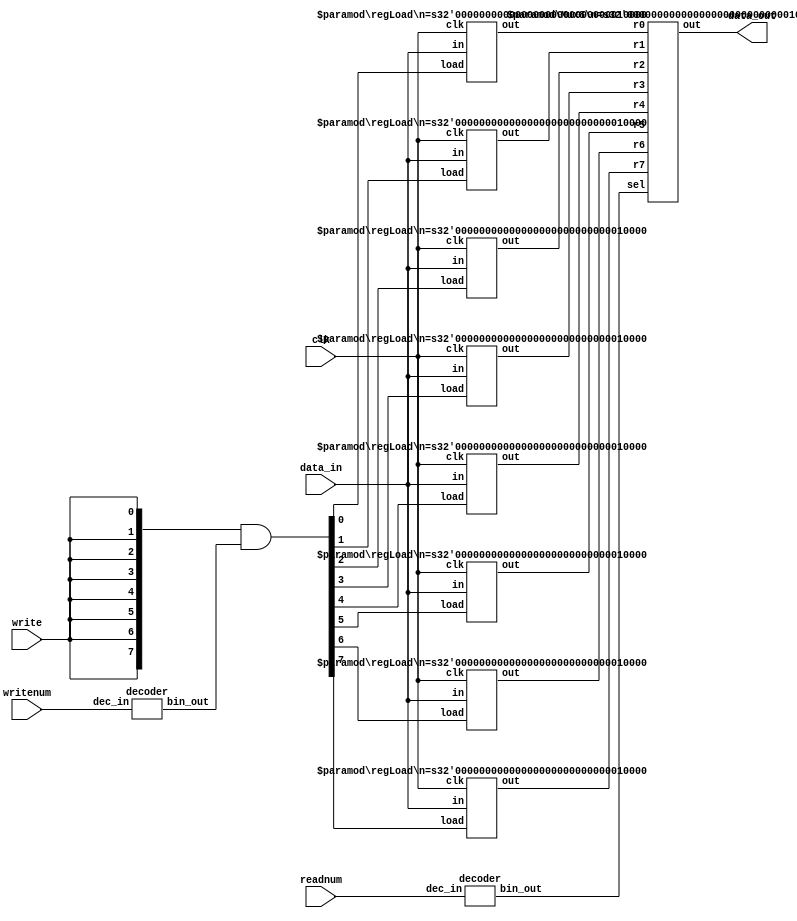
module regfile(data_in,
               writenum,
               write,
               readnum,
               clk,
               data_out);
  input [15:0] data_in;
  input [2:0] writenum, readnum;
  input write, clk;
  output[15:0] data_out;
  // fill out the rest
  
  wire[7:0] writenumDecoded; //the writenum input but as a one-hot eight bit number
  wire[7:0] readnumDecoded; //the readenum input but as a one-hot eight bit number
  wire[7:0] load; //an 8 bit one hot signal for which register to write to
  wire[15:0] R0, R1, R2, R3, R4, R5, R6, R7; // the eight 16 bit register outputs
  
  //load is a one hot siganl for which register to write to
  //as write is a one bit signal we make 8 copies of it to AND with the one hot writenumDecoded
  assign load = {8{write}} & writenumDecoded;
  
  //decoder for the binary writenum into a one-hot writenumDecoded
  decoder WriteDec(writenum, writenumDecoded);

  //8 registers with load enable, each connected to the same clk and data_in signals for writing
  //each has a particular bit of the load signal to enable writing to that register as the 
  //load signal is one hot.
  //the modules are paramatrized to be 16 bit registers
  regLoad #(16) r0(clk, load[0], data_in, R0);
  regLoad #(16) r1(clk, load[1], data_in, R1);
  regLoad #(16) r2(clk, load[2], data_in, R2);
  regLoad #(16) r3(clk, load[3], data_in, R3);
  regLoad #(16) r4(clk, load[4], data_in, R4);
  regLoad #(16) r5(clk, load[5], data_in, R5);
  regLoad #(16) r6(clk, load[6], data_in, R6);
  regLoad #(16) r7(clk, load[7], data_in, R7);

  //decoder for the binary readnum into a one-hot readnumDecoded
  decoder ReadDec(readnum, readnumDecoded);

  //an 8 input multiplexer with each input being 16 bits for the output of the regfile
  //inputs are from the 8 registeres
  Mux8 #(16) outputMux(R0, R1, R2, R3, R4, R5, R6, R7, readnumDecoded, data_out);
  
  
endmodule
  
  // Nearly all of this decoder module is taken from Slide Set 6 (Tor Aamodt)
  module decoder(dec_in, bin_out);
    parameter iSize = 3;
    parameter oSize = 8;
    input [iSize-1:0] dec_in;
    output [oSize-1:0] bin_out;
    
    wire [oSize-1:0] bin_out = 1'b1 << dec_in;
  endmodule
    
// register with load enable from lab 5 introduction slides (Tor Aadmodt)
module regLoad(clk, load, in, out);
  parameter n = 1; // width
  input clk, load;
  input [n-1:0] in;
  output [n-1:0] out;
  reg [n-1:0] out;
  wire [n-1:0] next_out;

  // simple mux for only changing output if load is enabled
  assign next_out = load ? in : out;

  // only change output on posedge of clk
  always @(posedge clk)
    out = next_out;

endmodule

// multiplexer 8 inputs, one-hot select, variable width input/output
module Mux8(r0, r1, r2, r3, r4, r5, r6, r7, sel, out);
  parameter n = 1;
  input [n-1:0] r0, r1, r2, r3, r4, r5, r6, r7;
  input [7:0] sel;
  output [n-1:0] out;
  reg [n-1:0] out;

// using basis from SS6 slide 21, always block for output of mux based on one-hot sel
  always @(*) begin
    case(sel) //case statement is based on the one-hot select signal
      8'b00000001: out = r0;
      8'b00000010: out = r1;
      8'b00000100: out = r2;
      8'b00001000: out = r3;
      8'b00010000: out = r4;
      8'b00100000: out = r5;
      8'b01000000: out = r6;
      8'b10000000: out = r7;
      default: out     = {n{1'bx}}; //default is a output of all "don't cares" for debugging purposes
    endcase
  end
endmodule